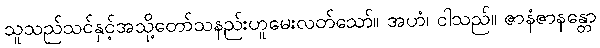
သူသည်သင်နှင့်အသို့တော်သနည်းဟူမေးလတ်သော်။ အဟံ၊ ငါသည်။ ဇာနံဇာနန္တော